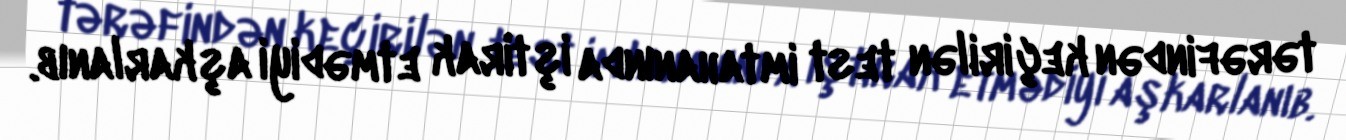
tərəfindən keçirilən test imtahanında iştirak etmədiyi aşkarlanıb.